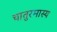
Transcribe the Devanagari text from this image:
चातुरमास्य